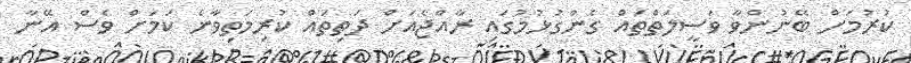
ކުރުމަށް ބޭނުންވާ ވަސީލަތްތައް ގެންގުޅުމުގައި ރާއްޖެއަށް ދަތިތައް ކުރިމަތިވާނެ ކަމަށް ވެސް އޭނާ